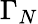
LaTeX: \Gamma_{N}